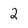
Character: 2